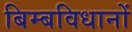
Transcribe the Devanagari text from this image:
बिम्बविधानों